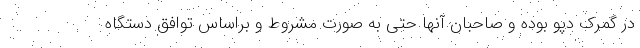
در گمرک دپو بوده و صاحبان آنها حتی به صورت مشروط و براساس توافق دستگاه